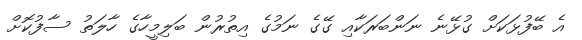
އެ ބޭފުޅަކަށް ގުޅޭނެ ނަންބަރަކާއި ގޭގެ ނަމުގެ އިތުރުން ބަލިމީހާގެ ހާލަތު ސާފުކޮށް